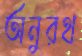
অনুরথ